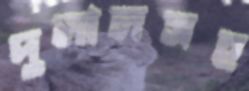
দুলালসহ